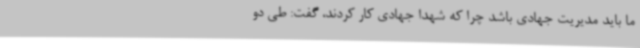
ما باید مدیریت جهادی باشد چرا که شهدا جهادی کار کردند، گفت: طی دو